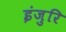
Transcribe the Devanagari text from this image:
इंजुरि